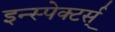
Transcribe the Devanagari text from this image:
इन्स्पेक्टर्स्